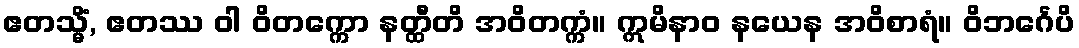
ဧတသ္မိံ, ဧတဿ ဝါ ဝိတက္ကော နတ္ထီတိ အဝိတက္ကံ။ ဣမိနာဝ နယေန အဝိစာရံ။ ဝိဘင်္ဂေပိ